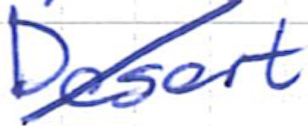
Text: Desert
Cross-out: diagonal
Writing tool: ballpoint